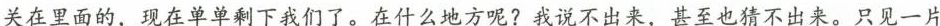
关在里面的，现在单单剩下我们了。在什么地方呢?我说不出来，甚至也猜不出来。只见一片